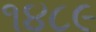
૧૪૮૯